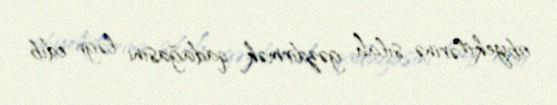
obyektlərinə silah gəzdirmək qadağasını ləğv edib.